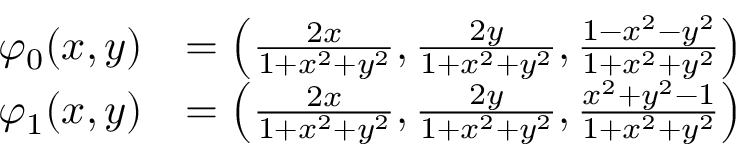
{ \begin{array} { r l } { \varphi _ { 0 } ( x , y ) } & { = \left( { \frac { 2 x } { 1 + x ^ { 2 } + y ^ { 2 } } } , { \frac { 2 y } { 1 + x ^ { 2 } + y ^ { 2 } } } , { \frac { 1 - x ^ { 2 } - y ^ { 2 } } { 1 + x ^ { 2 } + y ^ { 2 } } } \right) } \\ { \varphi _ { 1 } ( x , y ) } & { = \left( { \frac { 2 x } { 1 + x ^ { 2 } + y ^ { 2 } } } , { \frac { 2 y } { 1 + x ^ { 2 } + y ^ { 2 } } } , { \frac { x ^ { 2 } + y ^ { 2 } - 1 } { 1 + x ^ { 2 } + y ^ { 2 } } } \right) } \end{array} }